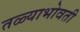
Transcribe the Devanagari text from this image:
तळ्याभोवती